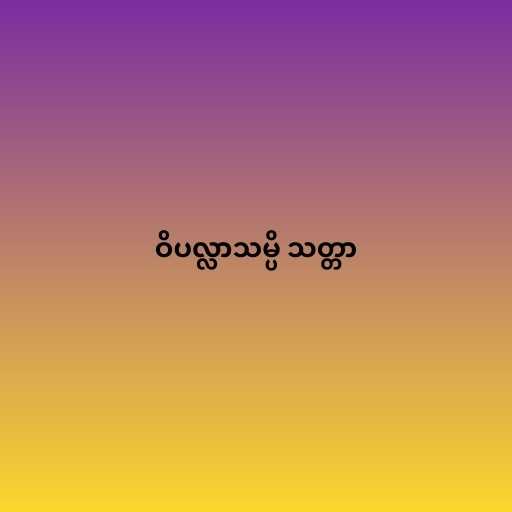
ဝိပလ္လာသမ္ပိ သတ္တာ